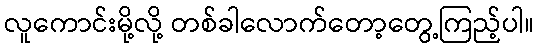
လူကောင်းမို့လို့ တစ်ခါလောက်တော့တွေ့ကြည့်ပါ။